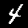
Digit: 4